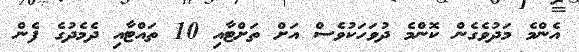
އެންމެ މަދުވެގެން ކޮންމެ ދުވަހަކުވެސް އަށް ތަށްޓާއި 10 ތައްޓާއި ދެމެދުގެ ފެން